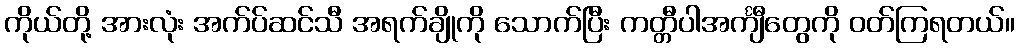
ကိုယ်တို့ အားလုံး အက်ပ်ဆင်သီ အရက်ချိုကို သောက်ပြီး ကတ္တီပါအင်္ကျီတွေကို ဝတ်ကြရတယ်။